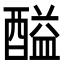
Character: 𨢘